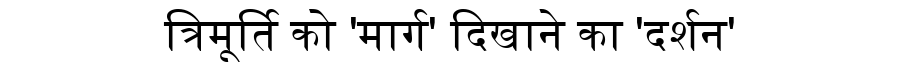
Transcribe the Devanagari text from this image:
त्रिमूर्ति को 'मार्ग' दिखाने का 'दर्शन'